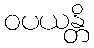
ဝပယန္တိ